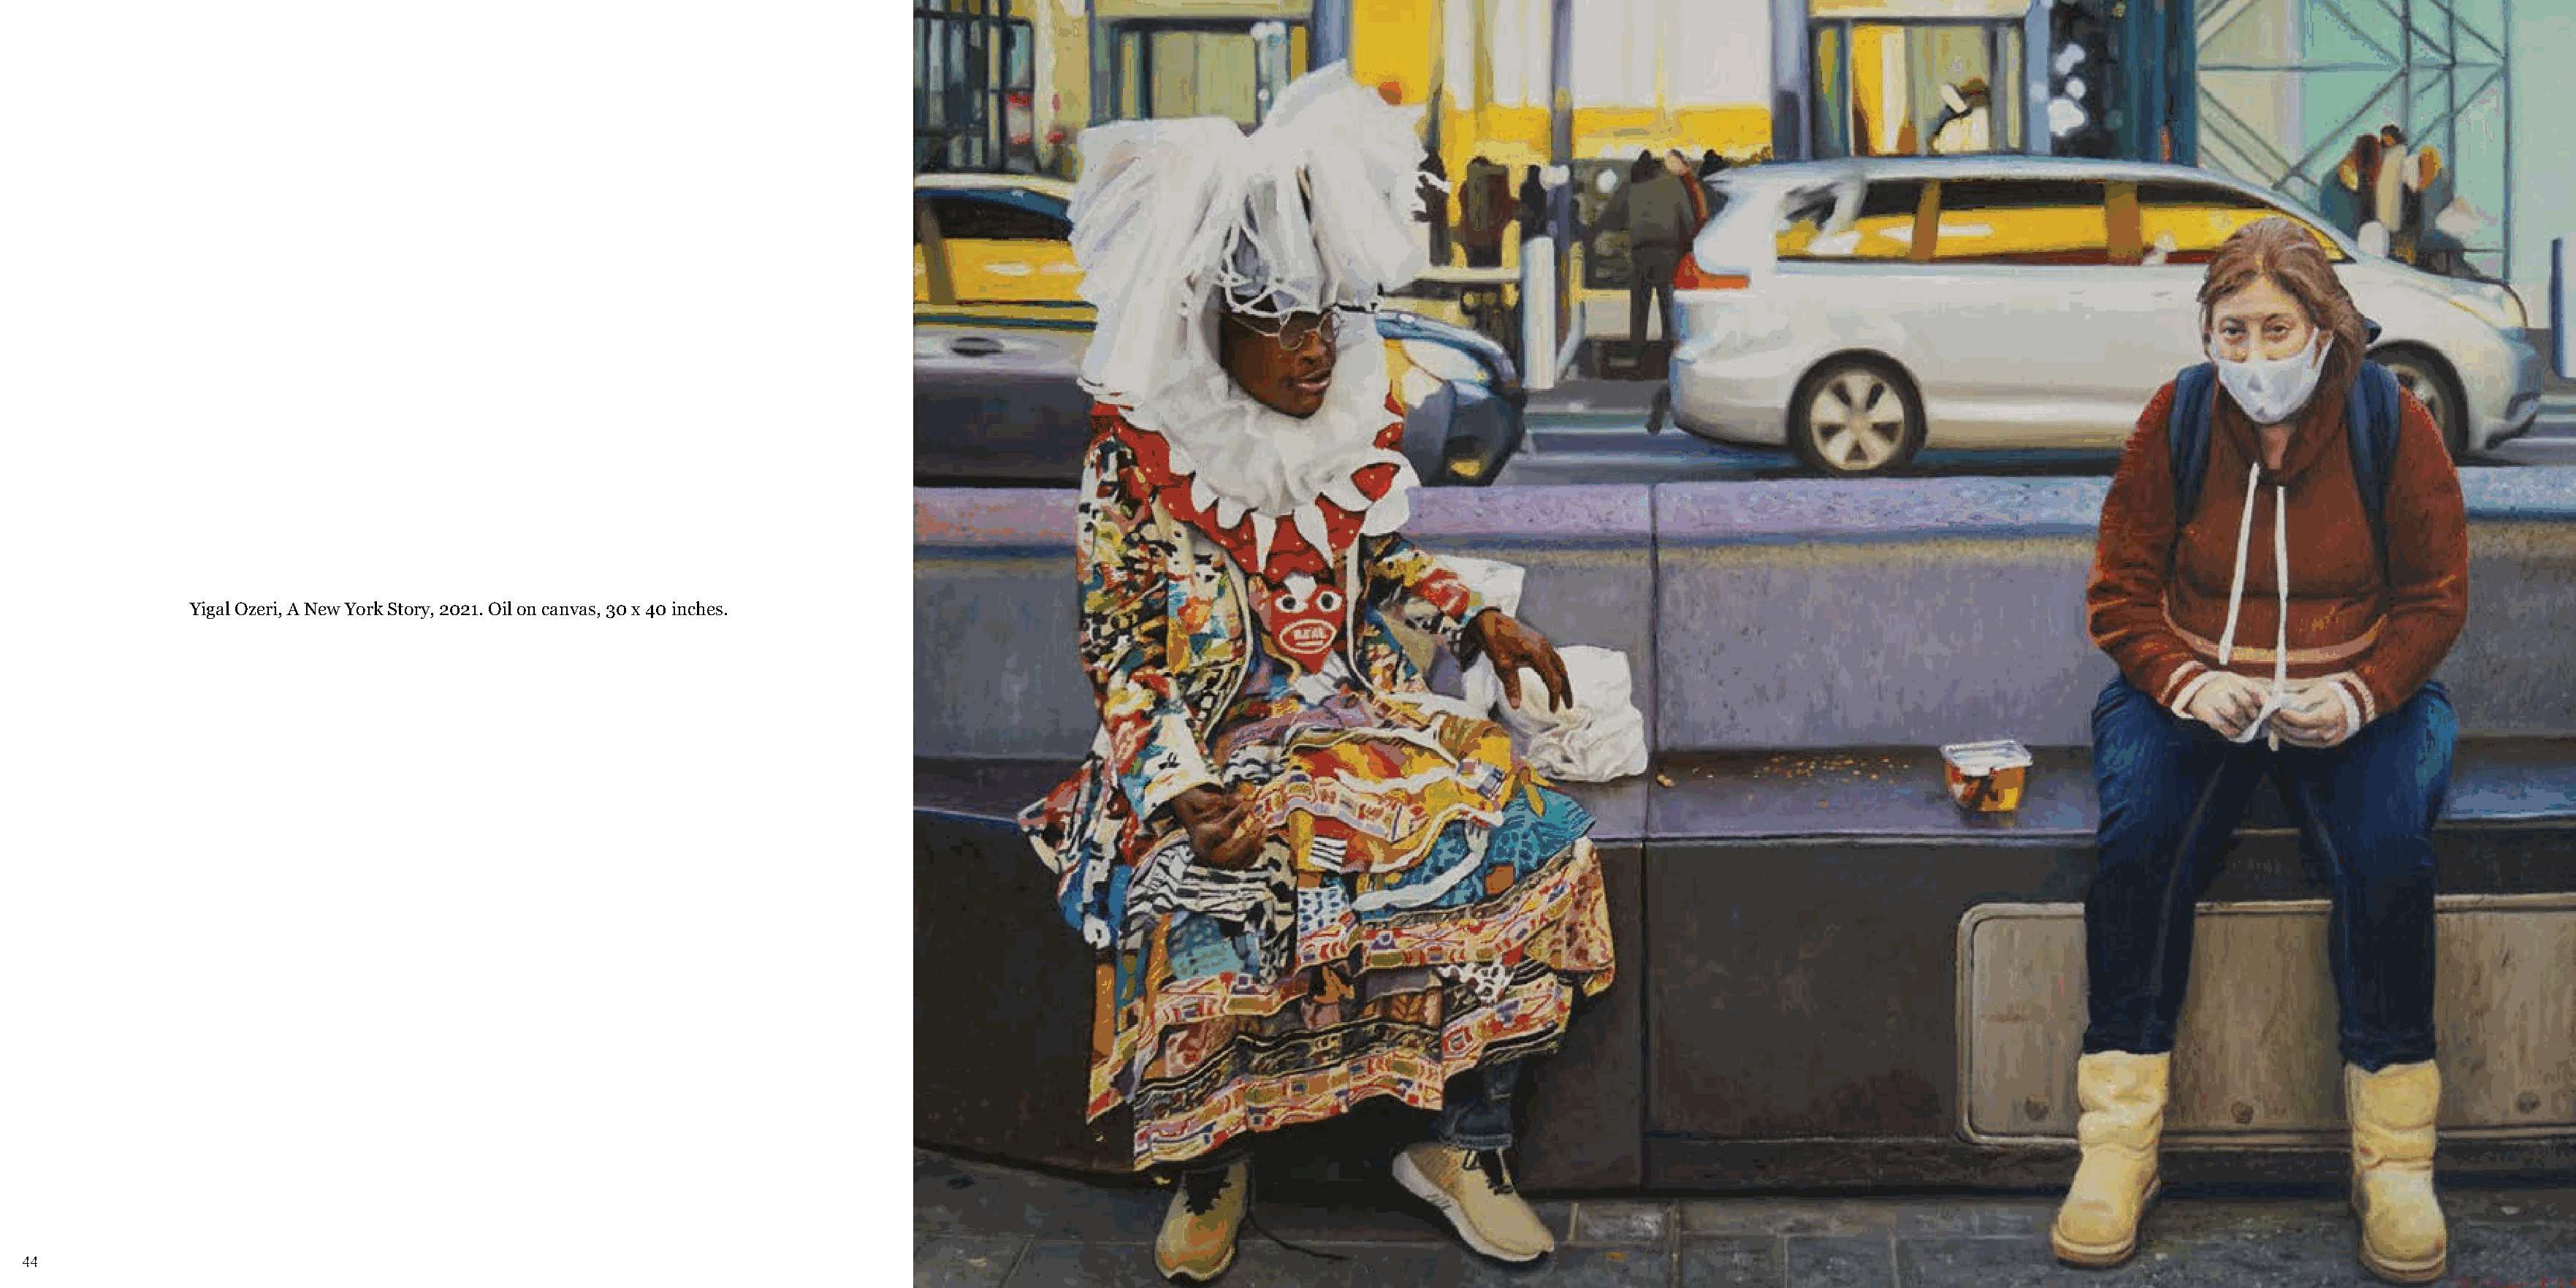
Yigal Ozeri, A New York Story, 2021. Oil on canvas, 30 x 40 inches.
 44                                                                                                                                                                                                                                  45